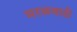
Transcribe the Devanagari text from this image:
मरळवाडी